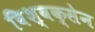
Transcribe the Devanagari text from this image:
विश्वक्सेन